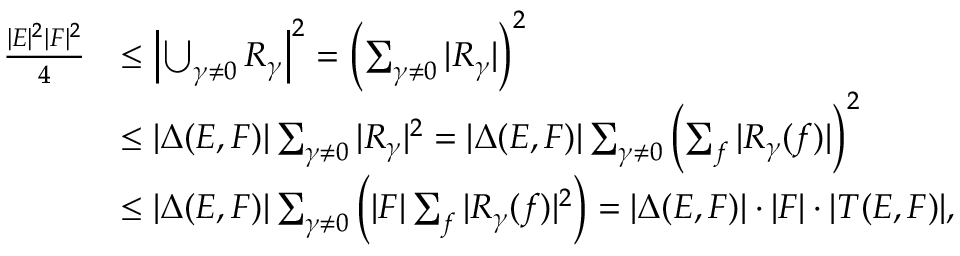
\begin{array} { r l } { \frac { | E | ^ { 2 } | F | ^ { 2 } } { 4 } } & { \leq \left| \bigcup _ { \gamma \not = 0 } R _ { \gamma } \right| ^ { 2 } = \left( \sum _ { \gamma \not = 0 } | R _ { \gamma } | \right) ^ { 2 } } \\ & { \leq | \Delta ( E , F ) | \sum _ { \gamma \not = 0 } | R _ { \gamma } | ^ { 2 } = | \Delta ( E , F ) | \sum _ { \gamma \not = 0 } \left( \sum _ { f } | R _ { \gamma } ( f ) | \right) ^ { 2 } } \\ & { \leq | \Delta ( E , F ) | \sum _ { \gamma \not = 0 } \left( | F | \sum _ { f } | R _ { \gamma } ( f ) | ^ { 2 } \right) = | \Delta ( E , F ) | \cdot | F | \cdot | T ( E , F ) | , } \end{array}